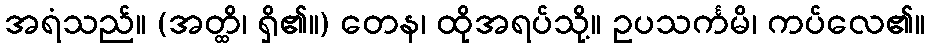
အရံသည်။ (အတ္ထိ၊ ရှိ၏။) တေန၊ ထိုအရပ်သို့။ ဥပသင်္ကမိ၊ ကပ်လေ၏။